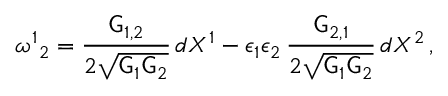
\omega ^ { 1 } { } _ { 2 } = \frac { \mathsf { G } _ { 1 , 2 } } { 2 \sqrt { \mathsf { G } _ { 1 } \mathsf { G } _ { 2 } } } \, d X ^ { 1 } - \epsilon _ { 1 } \epsilon _ { 2 } \, \frac { \mathsf { G } _ { 2 , 1 } } { 2 \sqrt { \mathsf { G } _ { 1 } \mathsf { G } _ { 2 } } } \, d X ^ { 2 } \, ,